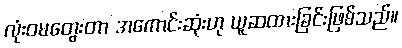
လုံးဝမတွေးတာ အကောင်းဆုံးဟု ယူဆထားခြင်းဖြစ်သည်။